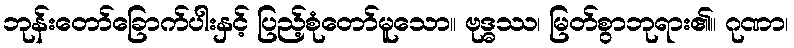
ဘုန်းတော်ခြောက်ပါးနှင့် ပြည့်စုံတော်မူသော။ ဗုဒ္ဓဿ၊ မြတ်စွာဘုရား၏။ ဂုဏာ၊